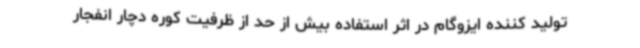
تولید کننده ایزوگام در اثر استفاده بیش از حد از ظرفیت کوره دچار انفجار